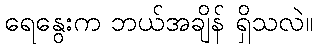
ရေနွေးက ဘယ်အချိန် ရှိသလဲ။